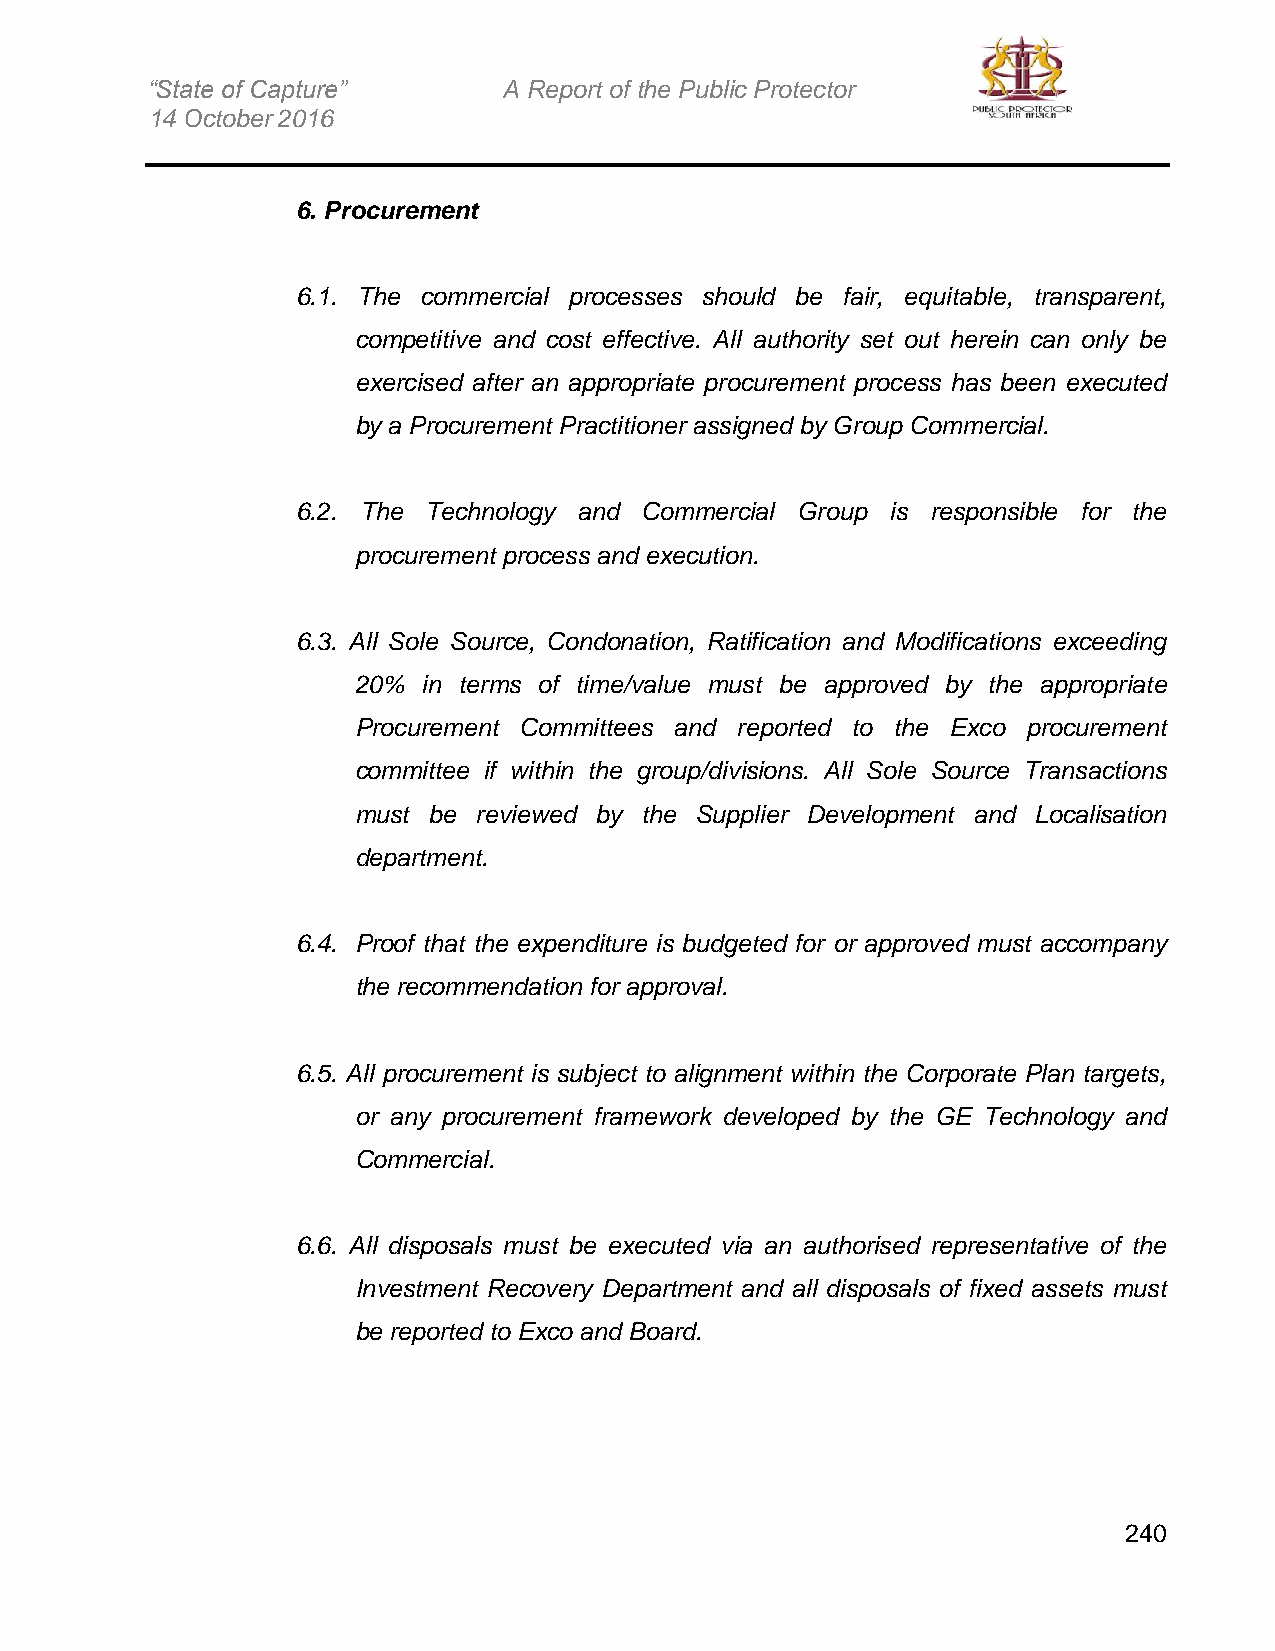
“State of Capture”     A Report of the Public Protector
 14 October 2016
 6. Procurement
 6.1. The commercial processes should be fair, equitable, transparent,
 competitive and cost effective. All authority set out herein can only be
 exercised after an appropriate procurement process has been executed
 by a Procurement Practitioner assigned by Group Commercial.
 6.2. The Technology and Commercial Group is responsible for the
 procurement process and execution.
 6.3. All Sole Source, Condonation, Ratification and Modifications exceeding
 20%  in terms of time/value must be approved by the appropriate
 Procurement Committees and reported to the Exco procurement
 committee if within the group/divisions. All Sole Source Transactions
 must be reviewed by the Supplier Development and Localisation
 department.
 6.4. Proof that the expenditure is budgeted for or approved must accompany
 the recommendation for approval.
 6.5. All procurement is subject to alignment within the Corporate Plan targets,
 or any procurement framework developed by the GE Technology and
 Commercial.
 6.6. All disposals must be executed via an authorised representative of the
 Investment Recovery Department and all disposals of fixed assets must
 be reported to Exco and Board.
 240